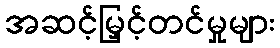
အဆင့်မြှင့်တင်မှုများ